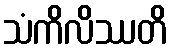
သံကိလိဿတိ